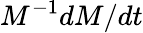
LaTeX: M^{-1}dM/dt